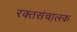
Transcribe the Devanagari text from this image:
रक्तसंचालक